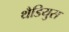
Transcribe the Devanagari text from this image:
थैडियुस